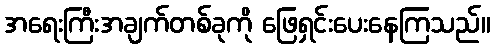
အရေးကြီးအချက်တစ်ခုကို ဖြေရှင်းပေးနေကြသည်။